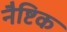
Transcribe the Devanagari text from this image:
नैष्टिक